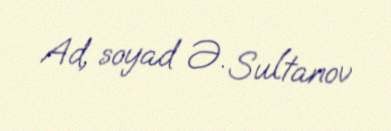
Ad, soyad Ə. Sultanov